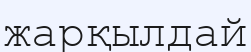
жарқылдай